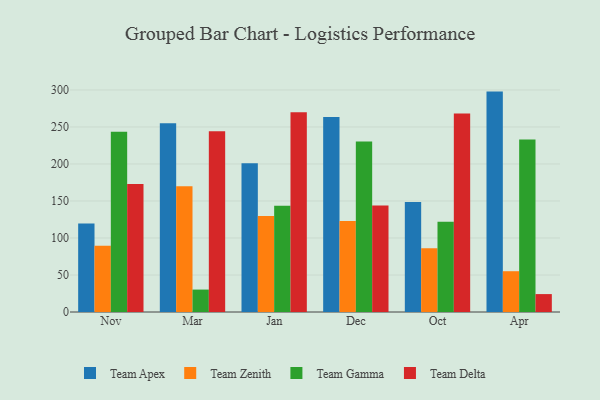
{"axis": {"x": "Month", "y": "Waste Production (Tons)"}, "legend": ["Team Apex", "Team Delta", "Team Gamma", "Team Zenith"], "data": [{"x": "Nov", "y": 119.7, "type": "Team Apex"}, {"x": "Nov", "y": 89.4, "type": "Team Zenith"}, {"x": "Nov", "y": 243.6, "type": "Team Gamma"}, {"x": "Nov", "y": 172.9, "type": "Team Delta"}, {"x": "Mar", "y": 254.9, "type": "Team Apex"}, {"x": "Mar", "y": 169.8, "type": "Team Zenith"}, {"x": "Mar", "y": 30.3, "type": "Team Gamma"}, {"x": "Mar", "y": 244.2, "type": "Team Delta"}, {"x": "Jan", "y": 200.9, "type": "Team Apex"}, {"x": "Jan", "y": 129.7, "type": "Team Zenith"}, {"x": "Jan", "y": 143.7, "type": "Team Gamma"}, {"x": "Jan", "y": 269.8, "type": "Team Delta"}, {"x": "Dec", "y": 263.5, "type": "Team Apex"}, {"x": "Dec", "y": 122.9, "type": "Team Zenith"}, {"x": "Dec", "y": 230.4, "type": "Team Gamma"}, {"x": "Dec", "y": 144.0, "type": "Team Delta"}, {"x": "Oct", "y": 148.6, "type": "Team Apex"}, {"x": "Oct", "y": 86.3, "type": "Team Zenith"}, {"x": "Oct", "y": 121.8, "type": "Team Gamma"}, {"x": "Oct", "y": 268.3, "type": "Team Delta"}, {"x": "Apr", "y": 297.8, "type": "Team Apex"}, {"x": "Apr", "y": 55.1, "type": "Team Zenith"}, {"x": "Apr", "y": 233.0, "type": "Team Gamma"}, {"x": "Apr", "y": 24.2, "type": "Team Delta"}]}